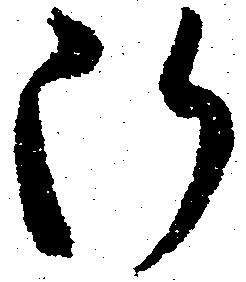
断